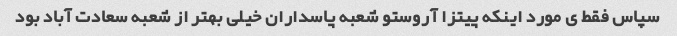
سپاس فقط ی مورد اینکه پیتزا آروستو شعبه پاسداران خیلی بهتر از شعبه سعادت آباد بود